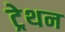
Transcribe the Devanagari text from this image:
ट्रेथन